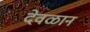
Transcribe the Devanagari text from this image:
देवळान